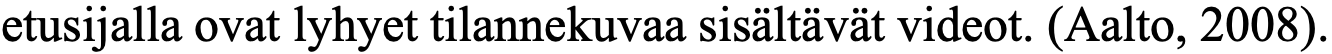
etusijalla ovat lyhyet tilannekuvaa sisältävät videot. (Aalto, 2008).